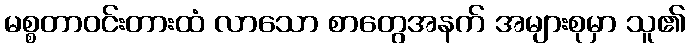
မစ္စတာဝင်းတားထံ လာသော စာတွေအနက် အများစုမှာ သူ၏